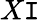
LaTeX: X\mathtt{I}